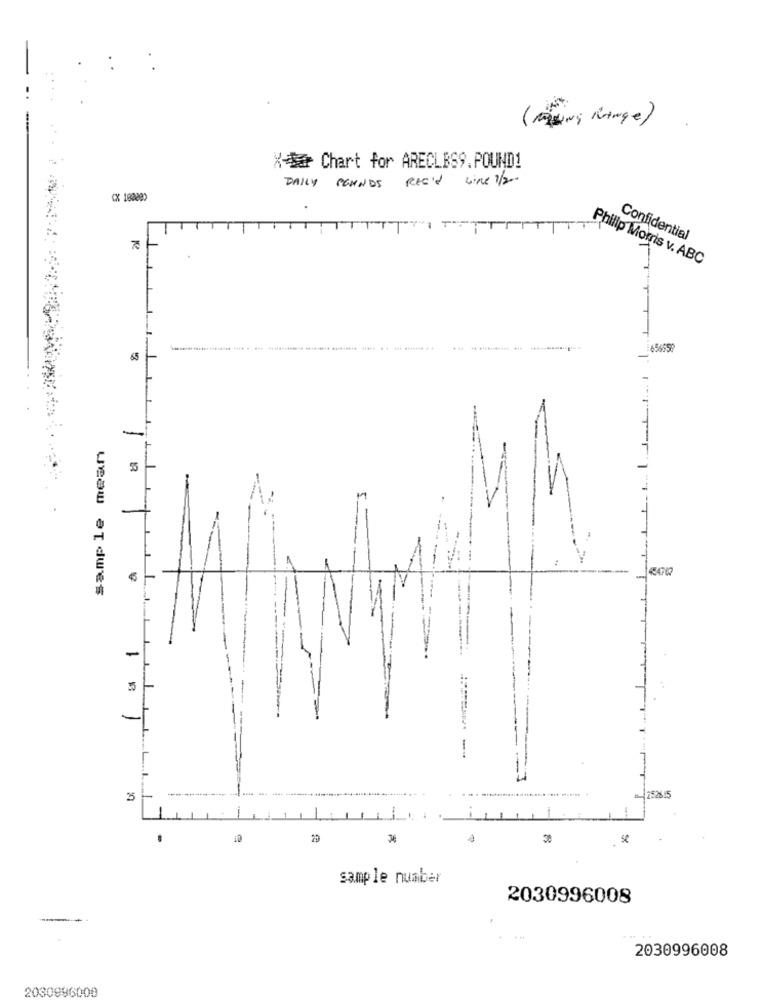
( moins Mange)
X-Sa Chart for ARECLES9.POUND!
DAILY POUNDS REC'd Line 1/20
CX 18089)
TIT
Confidential
Philip Morris v. ABC
T
65
sample mean
-
-
5
3
252615
.
20
sample number
2030996008
2030996008
2030996000